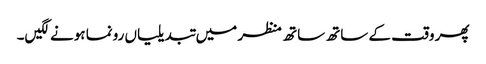
پھر وقت کے ساتھ ساتھ منظر میں تبدیلیاں رونما ہونے لگیں۔